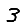
Digit: 3